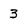
Character: 3